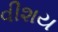
વીશય